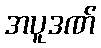
အပူဒဏ်